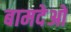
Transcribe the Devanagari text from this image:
बामदेओ